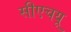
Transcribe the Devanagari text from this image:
सीएचयू